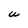
Character: U